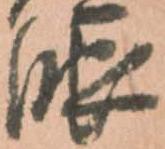
服